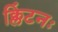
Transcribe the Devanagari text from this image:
क्लिंटनः